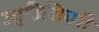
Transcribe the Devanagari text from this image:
ज्युडिशियरी